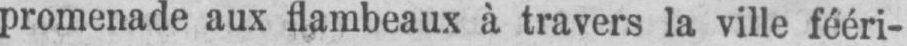
promenade aux flambeaux à travers la ville fééri-